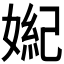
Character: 𪦏